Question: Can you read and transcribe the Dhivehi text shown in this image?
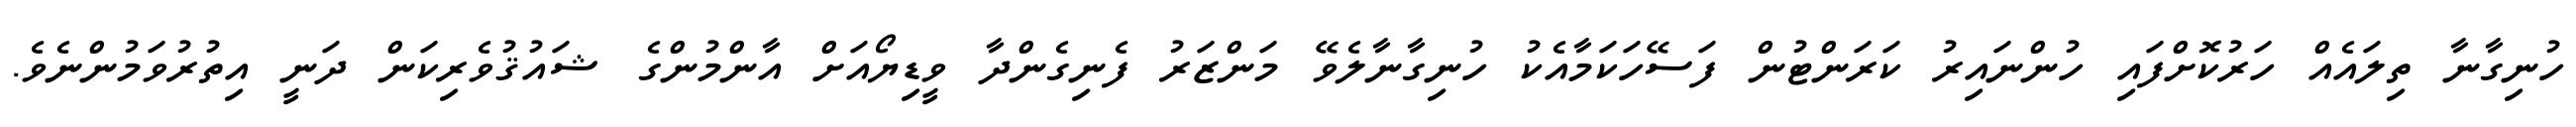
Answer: ހުނިގާނާ ތިލައެއް ހަރުކޮށްފައި ހުންނައިރު ކަރަންޓުން ފަސޭހަކަމާއެކު ހުނިގާނާލެވޭ މަންޒަރު ފެނިގެންދާ ވީޑިޔޯއަށް އާންމުންގެ ޝައުޤުވެރިކަން ދަނީ އިތުރުވަމުންނެވެ.